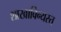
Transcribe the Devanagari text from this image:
शाखाविन्यस्त